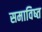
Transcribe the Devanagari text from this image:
समाविष्त